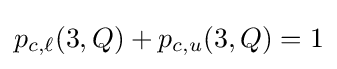
p_{c,\ell }(3,Q)+p_{c,u}(3,Q)=1